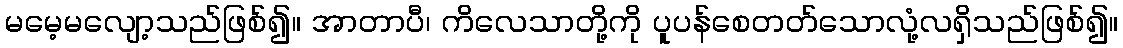
မမေ့မလျော့သည်ဖြစ်၍။ အာတာပီ၊ ကိလေသာတို့ကို ပူပန်စေတတ်သောလုံ့လရှိသည်ဖြစ်၍။